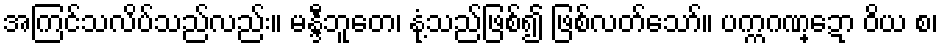
အကြင်သလိပ်သည်လည်း။ မန္ဒီဘူတေ၊ နုံ့သည်ဖြစ်၍ ဖြစ်လတ်သော်။ ပက္ကဂဏ္ဍော ဝိယ စ၊